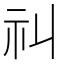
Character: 𥘊